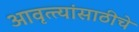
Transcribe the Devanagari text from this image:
आवृत्त्यांसाठीचे